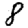
Digit: 8